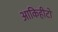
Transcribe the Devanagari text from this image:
आकिहीटो